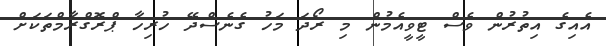
އެއިގެ އިތުރުން ވެސް ޓީވީއެމުން މި ރޯދަ މަހު ގެނެސްދޭ ހުރިހާ ޕްރޮގްރާމްތަކަށް